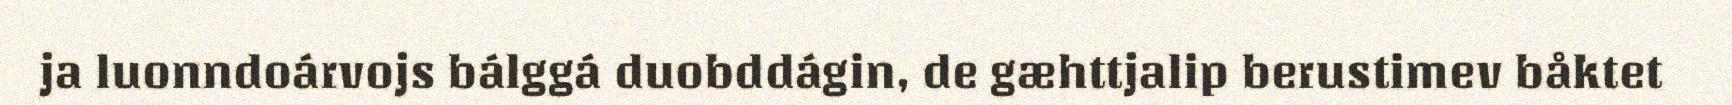
ja luonndoárvojs bálggá duobddágin, de gæhttjalip berustimev båktet